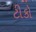
ટીકો